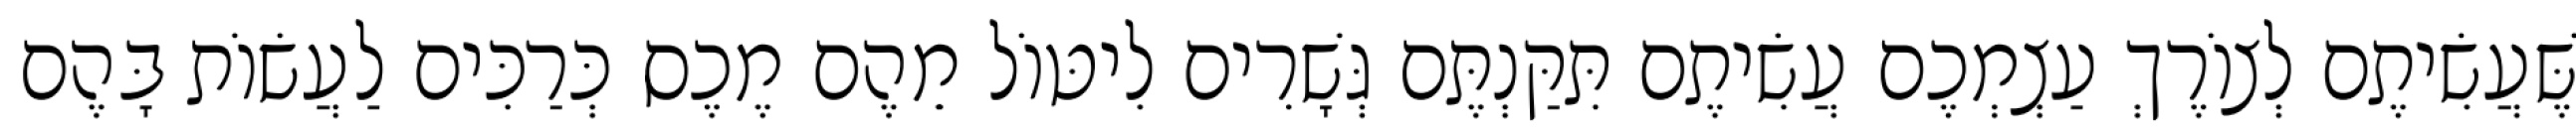
שֶּׁעֲשִׂיתֶם לְצוֹרֶךְ עַצְמְכֶם עֲשִׂיתֶם תִּקַּנְתֶּם גְּשָׁרִים לִיטּוֹל מֵהֶם מֶכֶס כְּרַכִּים לַעֲשׂוֹת בָּהֶם